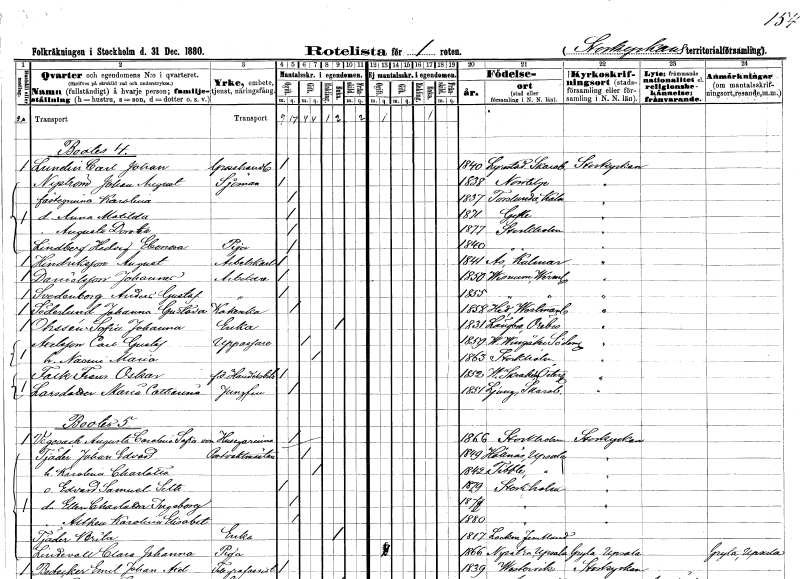
gt_parse: households: individuals: FN: Carl Johan
EN: Lundin
YRKE: Grosshandlare
KON: M
CIV: O
FODAR: 1840
FODFORS: Lyrestad Skaraborgs län
FN: Johan August
EN: Nyström
YRKE: Sjöman
KON: M
CIV: O
FODAR: 1838
FODFORS: Norrtälje Stockholms län
FN: Karolina
KON: K
CIV: O
FODAR: 1837
FODFORS: Torslunda Kalmar län
FN: Anna Matilda
KON: K
CIV: O
FODAR: 1871
FODFORS: Gävle Gävleborgs län
FN: Augusta Dorotea
KON: K
CIV: O
FODAR: 1877
FODFORS: Stockholm
FN: Hedvig Eleonora
EN: Lindberg
YRKE: Piga
KON: K
CIV: O
FODAR: 1840
FODFORS: Stockholm
FN: August
EN: Hindriksson
YRKE: Arbetskarl
KON: M
CIV: O
FODAR: 1841
FODFORS: Ås Kalmar län
FN: Johanna
EN: Danielsson
YRKE: Arbeterska
KON: K
CIV: O
FODAR: 1850
FODFORS: Visnum Värmlands län
FN: Anders Gustaf
EN: Svedenborg
YRKE: Arbeterska
KON: M
CIV: O
FODAR: 1855
FODFORS: Visnum Värmlands län
FN: Johanna Gustava
EN: Söderlund
YRKE: Kokerska
KON: K
CIV: O
FODAR: 1858
FODFORS: Hed Västmanlands län
FN: Sofia Johanna
EN: Ohssén
YRKE: Änka
KON: K
CIV: E
FODAR: 1831
FODFORS: Längbro Örebro län
FN: Carl Gustaf
EN: Axelsson
YRKE: Uppassare
KON: M
CIV: G
FODAR: 1859
FODFORS: Västra Vingåker Södermanlands län
FN: Naomi Maria
KON: K
CIV: G
FODAR: 1863
FODFORS: Stockholm
FN: Frans Oskar
EN: Falk
YRKE: Handelsbiträde f.d.
KON: M
CIV: O
FODAR: 1852
FODFORS: Västra Skrukeby Östergötlands län
FN: Maria Catharina
EN: Larsdotter
YRKE: Jungfru
KON: K
CIV: O
FODAR: 1851
FODFORS: Habo Skaraborgs län
FN: Augusta Carolina Sofia
EN: von Vegesach
YRKE: Husägarinna
KON: K
CIV: O
FODAR: 1866
FODFORS: Stockholm
FN: Johan Edvard
EN: Tjäder
YRKE: Portvaktmästare
KON: M
CIV: G
FODAR: 1849
FODFORS: Hållnäs Uppsala län
FN: Karolina Charlotta
KON: K
CIV: G
FODAR: 1842
FODFORS: Tibble Stockholms län
FN: Edvard Samuel Seth
KON: M
CIV: O
FODAR: 1879
FODFORS: Stockholm
FN: Ellen Charlotta Ingeborg
KON: K
CIV: O
FODAR: 1877
FODFORS: Stockholm